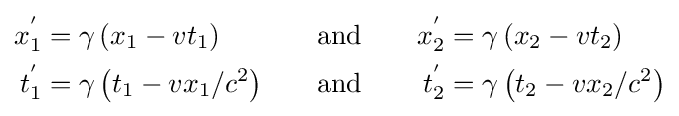
{\begin{aligned}x_{1}^{'}&=\gamma \left(x_{1}-vt_{1}\right)&\quad \mathrm {and} \quad &&x_{2}^{'}&=\gamma \left(x_{2}-vt_{2}\right)\\t_{1}^{'}&=\gamma \left(t_{1}-vx_{1}/c^{2}\right)&\quad \mathrm {and} \quad &&t_{2}^{'}&=\gamma \left(t_{2}-vx_{2}/c^{2}\right)\end{aligned}}